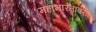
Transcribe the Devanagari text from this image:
महाभारतावरील